Vaccination in Burma 1900-1911 - 1900-1911
Year: 1900
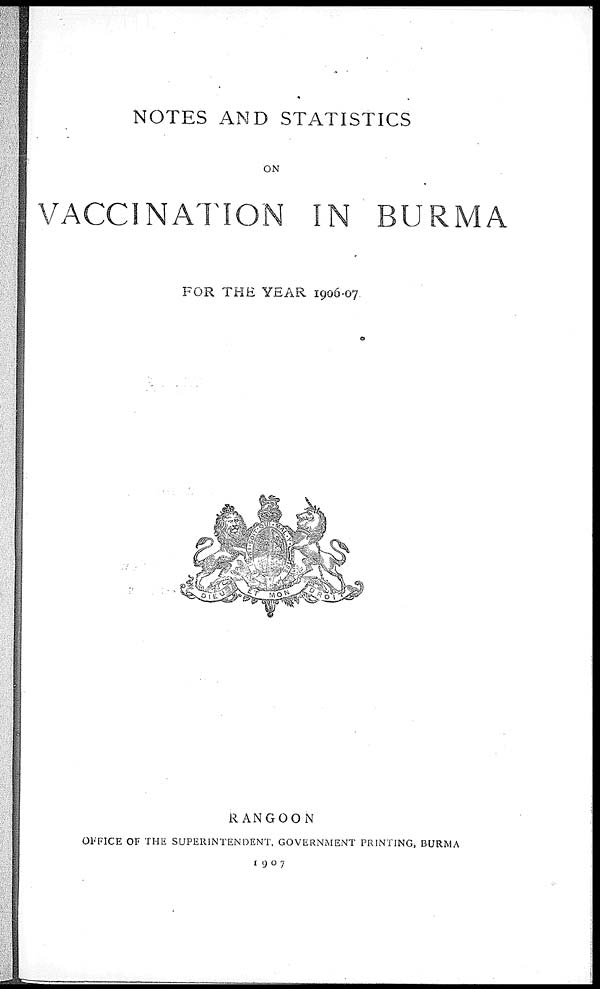
NOTES AND STATISTICS
ON
VACCINATION IN BURMA
FOR THE YEAR 1906-07.
RANGOON
OFFICE OF THE SUPERINTENDENT, GOVERNMENT PRINTING, BURMA
1907